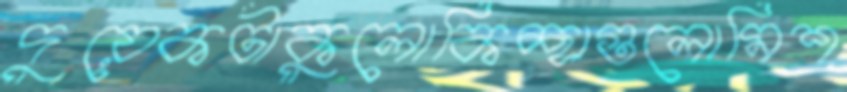
দুয়েকটাকুলোকিচ্ছাগুলোমিশ